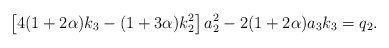
\begin{align*}\left[4(1+2\alpha)k_3-(1+3\alpha)k_2^2\right]a_2^2-2(1+2\alpha)a_3k_3=q_2.\end{align*}